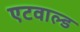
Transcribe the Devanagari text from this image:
एटवाल्ड